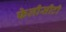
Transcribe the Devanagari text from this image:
फेलीसीटी